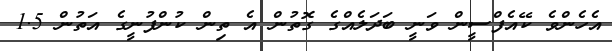
އެހެންވެ ކޭއެފްސީން ވަނީ ބަދަލެއްގެ ގޮތުން އެ ތިން ކުންފުނީގެ އަތުން 1.5